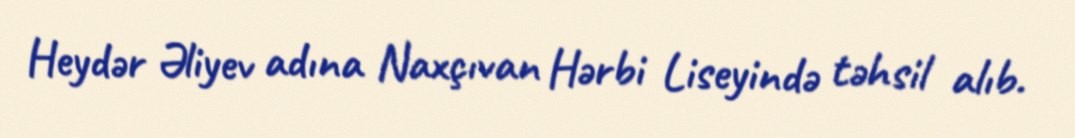
Heydər Əliyev adına Naxçıvan Hərbi Liseyində təhsil alıb.